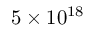
5 \times 1 0 ^ { 1 8 }